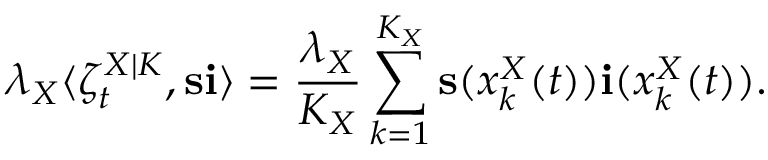
\lambda _ { X } \langle \zeta _ { t } ^ { X | K } , \mathbf { s } \mathbf { i } \rangle = \frac { \lambda _ { X } } { K _ { X } } \sum _ { k = 1 } ^ { K _ { X } } \mathbf { s } ( x _ { k } ^ { X } ( t ) ) \mathbf { i } ( x _ { k } ^ { X } ( t ) ) .